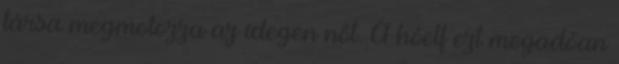
társa megmotozza az idegen nőt. A hóelf ezt megadóan